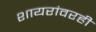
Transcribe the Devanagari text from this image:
शायरांवरही